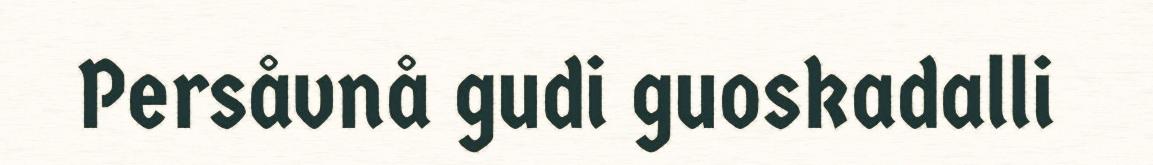
Persåvnå gudi guoskadalli